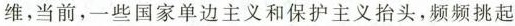
维，当前，一些国家单边主义和保护主义抬头，频频挑起